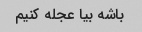
باشه بیا عجله کنیم